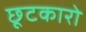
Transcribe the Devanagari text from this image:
छूटकारो